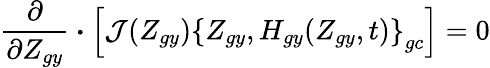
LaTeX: \frac{\partial}{\partial Z_{gy}}\boldsymbol{\cdot}\left[{\cal J}(Z_{gy})\left\{ Z_{gy},H_{gy}(Z_{gy},t)\right\} _{gc}\right]=0